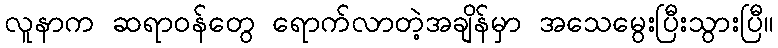
လူနာက ဆရာဝန်တွေ ရောက်လာတဲ့အချိန်မှာ အသေမွေးပြီးသွားပြီ။